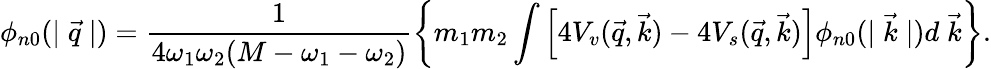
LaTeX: \phi_{n0}(|\stackrel{\rightarrow}{q}|)=\frac{1}{4\omega_{1}\omega_{2}(M-\omega_{1}-\omega_{2})}\left\{ m_{1}m_{2}\int\left[4V_{v}(\stackrel{\rightarrow}{q},\stackrel{\rightarrow}{k})-4V_{s}(\stackrel{\rightarrow}{q},\stackrel{\rightarrow}{k})\right]\phi_{n0}(|\stackrel{\rightarrow}{k}|)d\stackrel{\rightarrow}{k}\right\} .